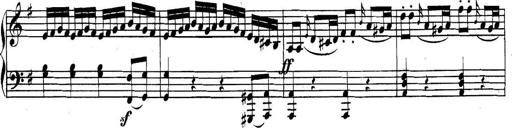
Title: Collected Piano Sonatas
Composer: Muzio Clementi